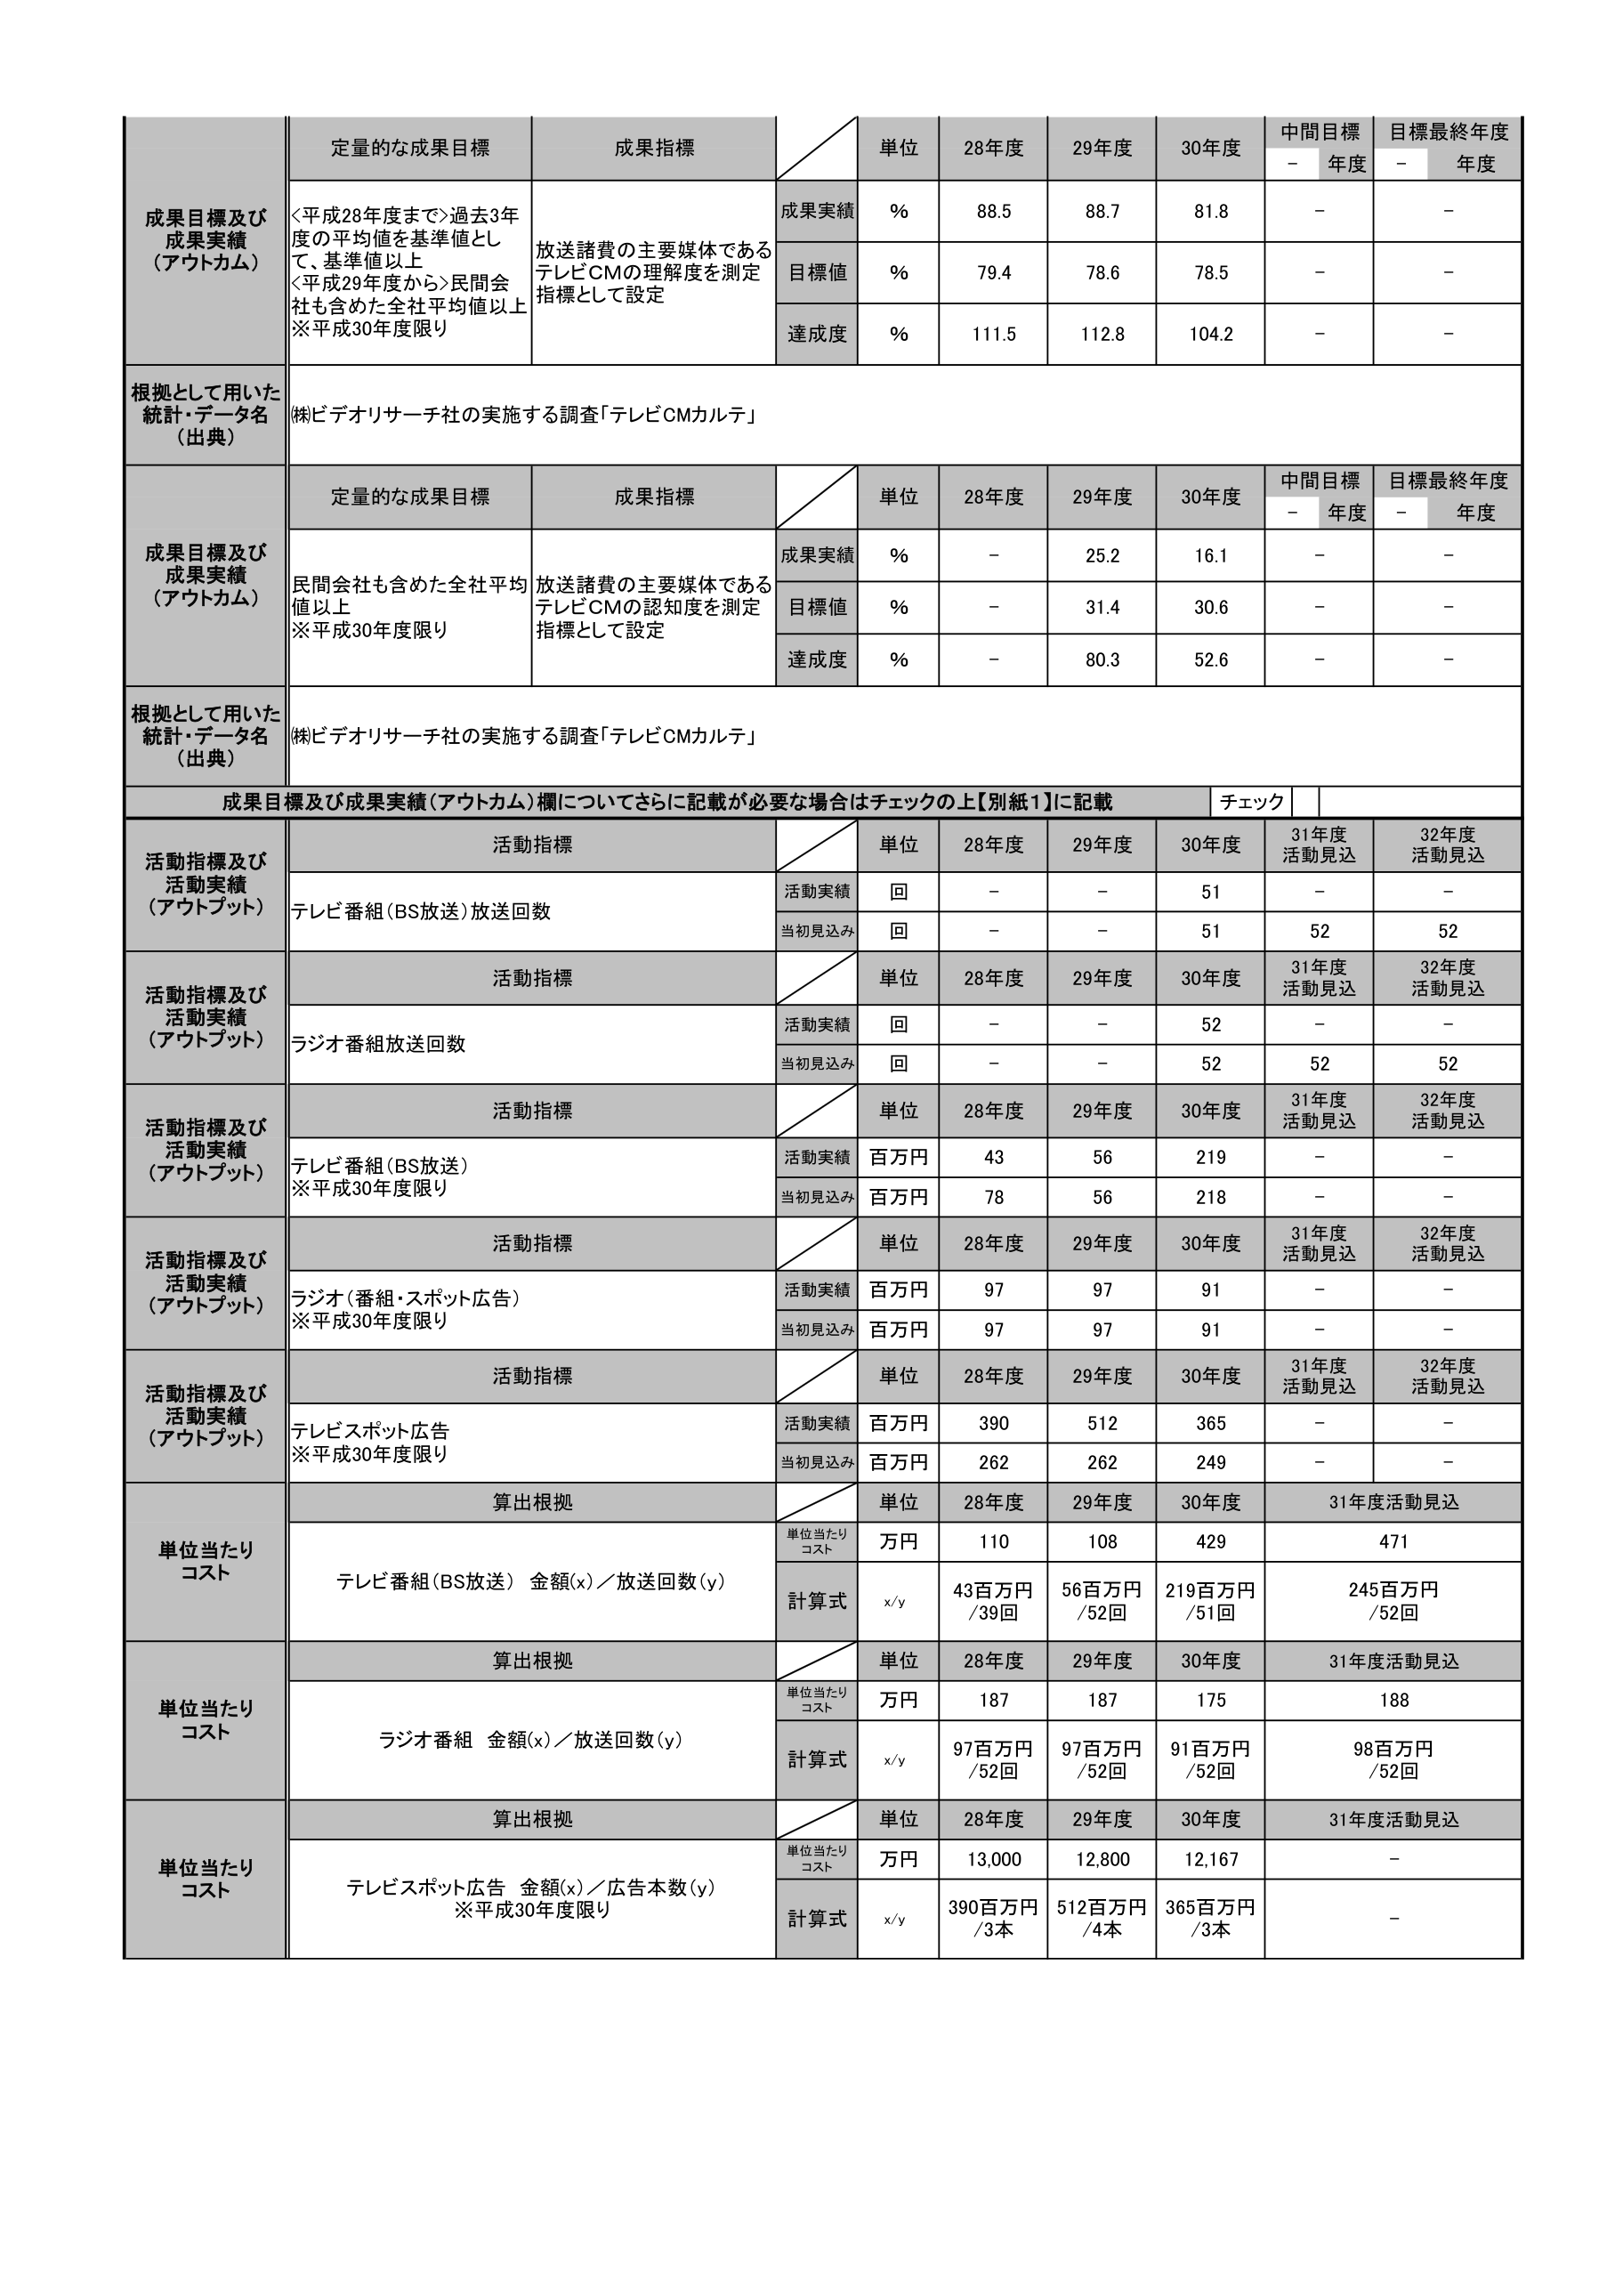
成果目標及び成果実績（アウトカム）
定量的な成果目標
成果指標
単位
28年度
29年度
30年度
中間目標
-
年度
目標最終年度
-
年度
＜平成28年度まで＞過去3年度の平均値を基準値として、基準値以上
＜平成29年度から＞民間会社も含めた全社平均値以上
※平成30年度限り
放送諸費の主要媒体であるテレビCMの理解度を測定指標として設定
成果実績
%
88.5
88.7
81.8
-
-
目標値
%
79.4
78.6
78.5
-
-
達成度
%
111.5
112.8
104.2
-
-
根拠として用いた統計・データ名（出典）
㈱ビデオリサーチ社の実施する調査「テレビCMカルテ」
成果目標及び成果実績（アウトカム）
定量的な成果目標
成果指標
単位
28年度
29年度
30年度
中間目標
-
年度
目標最終年度
-
年度
民間会社も含めた全社平均値以上
※平成30年度限り
放送諸費の主要媒体であるテレビCMの認知度を測定指標として設定
成果実績
%
-
25.2
16.1
-
-
目標値
%
-
31.4
30.6
-
-
達成度
%
-
80.3
52.6
-
-
根拠として用いた統計・データ名（出典）
㈱ビデオリサーチ社の実施する調査「テレビCMカルテ」
成果目標及び成果実績（アウトカム）欄についてさらに記載が必要な場合はチェックの上【別紙1】に記載
チェック
活動指標及び活動実績（アウトプット）
活動指標
単位
28年度
29年度
30年度
31年度活動見込
32年度活動見込
テレビ番組（BS放送）放送回数
活動実績
回
-
-
51
-
-
当初見込み
回
-
-
51
52
52
活動指標及び活動実績（アウトプット）
活動指標
単位
28年度
29年度
30年度
31年度活動見込
32年度活動見込
ラジオ番組放送回数
活動実績
回
-
-
52
-
-
当初見込み
回
-
-
52
52
52
活動指標及び活動実績（アウトプット）
活動指標
単位
28年度
29年度
30年度
31年度活動見込
32年度活動見込
テレビ番組（BS放送）
※平成30年度限り
活動実績
百万円
43
56
219
-
-
当初見込み
百万円
78
56
218
-
-
活動指標及び活動実績（アウトプット）
活動指標
単位
28年度
29年度
30年度
31年度活動見込
32年度活動見込
ラジオ（番組・スポット広告）
※平成30年度限り
活動実績
百万円
97
97
91
-
-
当初見込み
百万円
97
97
91
-
-
活動指標及び活動実績（アウトプット）
活動指標
単位
28年度
29年度
30年度
31年度活動見込
32年度活動見込
テレビスポット広告
※平成30年度限り
活動実績
百万円
390
512
365
-
-
当初見込み
百万円
262
262
249
-
-
単位当たりコスト
算出根拠
単位
28年度
29年度
30年度
31年度活動見込
テレビ番組（BS放送） 金額(x)／放送回数(y)
単位当たりコスト
万円
110
108
429
471
計算式
x/y
43百万円/39回
56百万円/52回
219百万円/51回
245百万円/52回
単位当たりコスト
算出根拠
単位
28年度
29年度
30年度
31年度活動見込
ラジオ番組 金額(x)／放送回数(y)
単位当たりコスト
万円
187
187
175
188
計算式
x/y
97百万円/52回
97百万円/52回
91百万円/52回
98百万円/52回
単位当たりコスト
算出根拠
単位
28年度
29年度
30年度
31年度活動見込
テレビスポット広告 金額(x)／広告本数(y)
※平成30年度限り
単位当たりコスト
万円
13,000
12,800
12,167
-
計算式
x/y
390百万円/3本
512百万円/4本
365百万円/3本
-